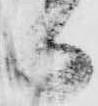
日